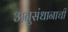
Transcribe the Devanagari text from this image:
अनुसंधानाची